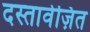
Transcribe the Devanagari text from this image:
दस्तावेज़ित